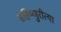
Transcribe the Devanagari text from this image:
सहिष्णुरीत्या